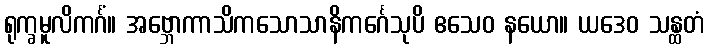
ရုက္ခမူလိကင်္ဂံ။ အဗ္ဘောကာသိကသောသာနိကင်္ဂေသုပိ ဧသေဝ နယော။ ယဒေဝ သန္ထတံ